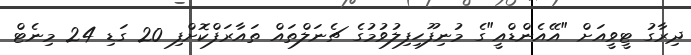
ދިރާގު ޓީވީއަށް "އޭއެންޑްއީ"ގެ މުނިފޫހިފިލުވުމުގެ ޗެނަލްތައް ތައާރަފްކޮށްފި 20 ގަޑި 24 މިނެޓް